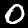
Digit: 0